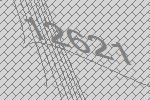
12621